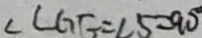
\angle C G E = \angle 5 = 9 0 ^ { \circ }